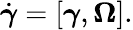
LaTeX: \begin{array}{r}{\dot{\boldsymbol\gamma}=[{\boldsymbol\gamma},{\boldsymbol\Omega}].}\end{array}